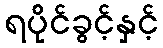
ရပိုင်ခွင့်နှင့်